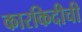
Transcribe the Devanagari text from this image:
कारकिदीची